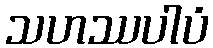
သဟဿပါပံ